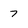
Character: 7